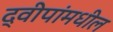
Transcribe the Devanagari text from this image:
द्वीपांमधील